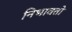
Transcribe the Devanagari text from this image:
निभावतो